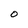
Character: O